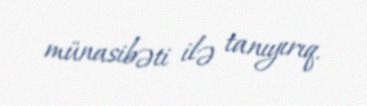
münasibəti ilə tanıyırıq.